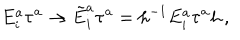
LaTeX: E _ { i } ^ { a } \tau ^ { a } \to \tilde { E } _ { i } ^ { a } \tau ^ { a } = h ^ { - 1 } E _ { i } ^ { a } \tau ^ { a } h \, ,